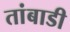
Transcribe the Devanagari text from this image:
तांबाडी